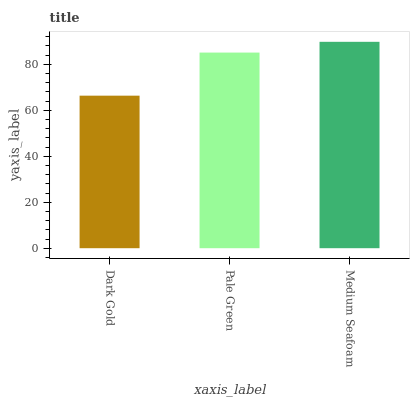
| xaxis_label | bars |
 | --- | --- |
 | Dark Gold | 66.4 |
 | Pale Green | 85.1 |
 | Medium Seafoam | 89.8 |